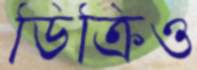
ডিক্রিও